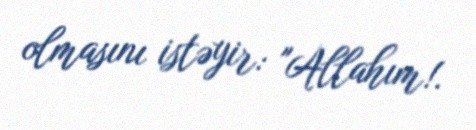
olmasını istəyir: "Allahım!.